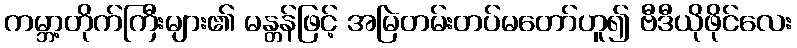
ကမ္ဘာ့တိုက်ကြီးများ၏ မန္တန်ဖြင့် အမြဲတမ်းတပ်မတော်ဟူ၍ ဗီဒီယိုဖိုင်လေး